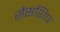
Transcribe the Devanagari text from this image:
सेंसशिप